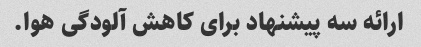
ارائه سه پیشنهاد برای کاهش آلودگی هوا.